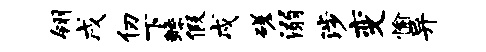
翎戌仞下鲧假戍磋溺涉变愉异